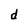
Character: d